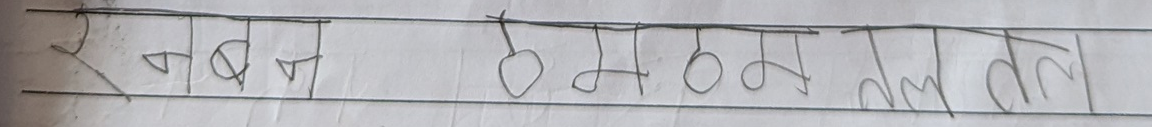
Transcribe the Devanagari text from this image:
रबज ठहम तेल तल